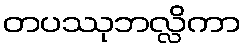
တပဿုဘလ္လိကာ